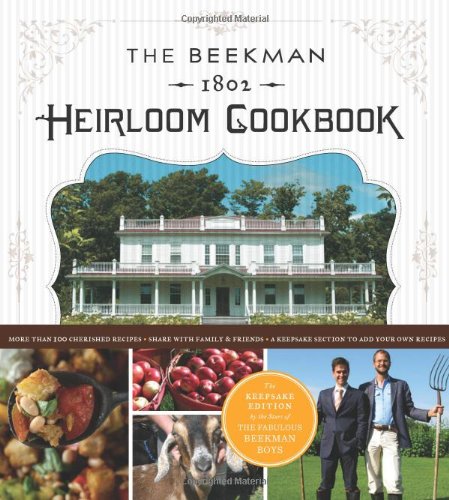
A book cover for The Beekman 1802 Heirloom Cookbook: Heirloom fruits and vegetables, and more than 100 heritage recipes to inspire every generation; Dr. Brent Ridge; Cookbooks, Food & Wine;